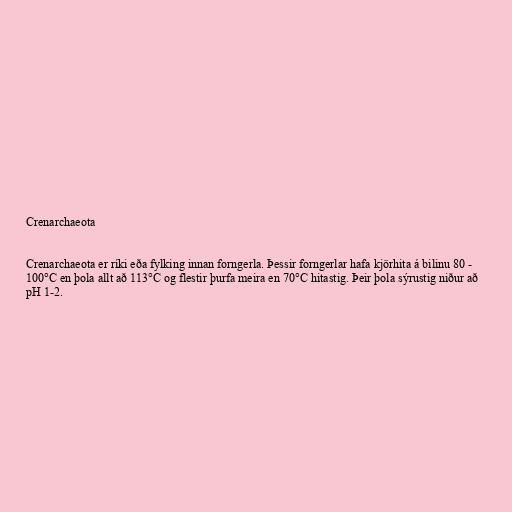
Crenarchaeota

Crenarchaeota er ríki eða fylking innan forngerla. Þessir forngerlar hafa kjörhita á bilinu 80 -
100°C en þola allt að 113°C og flestir þurfa meira en 70°C hitastig. Þeir þola sýrustig niður að
pH 1-2.